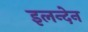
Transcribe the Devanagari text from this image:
इलन्देन